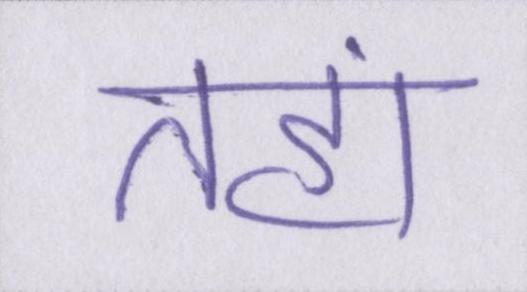
तहां